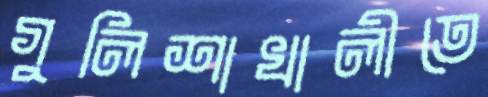
গুলিশাখালীতে